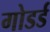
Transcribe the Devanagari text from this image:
गोडर्ड